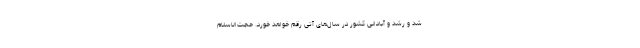
شد و رشد و آبادانی کشور در سال‌های آتی رقم خواهد خورد. حجت‌الاسلام